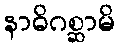
နာဓိဂစ္ဆာမိ